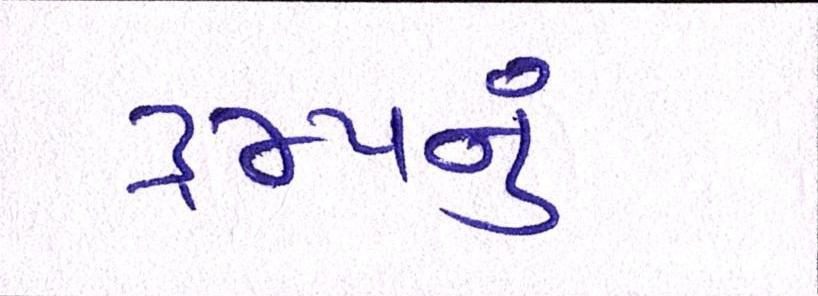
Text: ટ્રમ્પનું